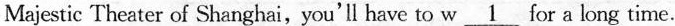
Majestic Theater of Shanghai,you'l have to w\underline{1} for a long time.